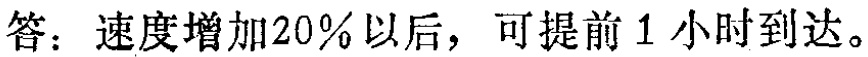
答：速度增加20%以后，可提前1小时到达。